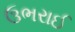
ઉભરાઈ